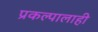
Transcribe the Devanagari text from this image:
प्रकल्पालाही